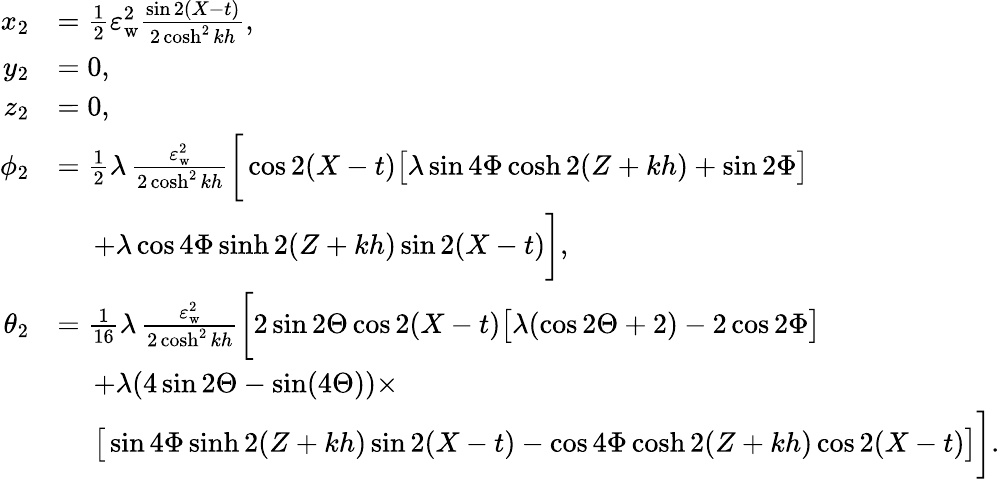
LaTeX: \begin{array}{rl}{x_{2}}&{=\frac{1}{2}\varepsilon_{\mathrm{w}}^{2}\frac{\sin 2(X-t)}{2\cosh^{2}kh},}\\ {y_{2}}&{=0,}\\ {z_{2}}&{=0,}\\ {\phi_{2}}&{=\frac{1}{2}\lambda\, \frac{\varepsilon_{\mathrm{w}}^{2}}{2\cosh^{2}kh}\bigg[\cos 2(X-t)\big[\lambda\sin{4\Phi}\cosh 2(Z+kh)+\sin{2\Phi}\big]}\\ &{\quad\; +\lambda\cos{4\Phi}\sinh 2(Z+kh)\sin 2(X-t)\bigg],}\\ {\theta_{2}}&{=\frac{1}{16}\lambda\, \frac{\varepsilon_{\mathrm{w}}^{2}}{2\cosh^{2}kh}\bigg[2\sin{2\Theta}\cos 2(X-t)\big[\lambda(\cos{2\Theta}+2)-2\cos{2\Phi}\big]}\\ &{\quad\; +\lambda(4\sin{2\Theta}-\sin(4\Theta))\times}\\ &{\quad\; \big[\sin{4\Phi}\sinh 2(Z+kh)\sin 2(X-t)-\cos{4\Phi}\cosh 2(Z+kh)\cos 2(X-t)\big]\bigg].}\end{array}